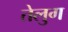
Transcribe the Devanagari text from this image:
तेलुग